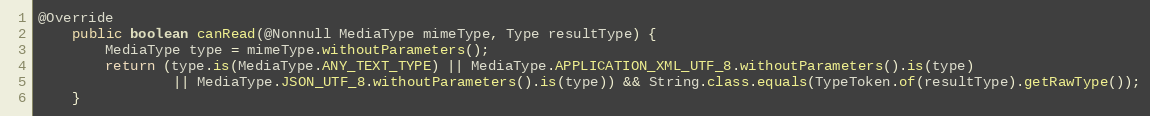
Language: Java
@Override
    public boolean canRead(@Nonnull MediaType mimeType, Type resultType) {
        MediaType type = mimeType.withoutParameters();
        return (type.is(MediaType.ANY_TEXT_TYPE) || MediaType.APPLICATION_XML_UTF_8.withoutParameters().is(type)
                || MediaType.JSON_UTF_8.withoutParameters().is(type)) && String.class.equals(TypeToken.of(resultType).getRawType());
    }